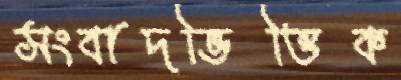
সংবাদভিত্তিক